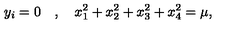
y _ { i } = 0 \quad , \quad x _ { 1 } ^ { 2 } + x _ { 2 } ^ { 2 } + x _ { 3 } ^ { 2 } + x _ { 4 } ^ { 2 } = \mu ,